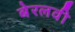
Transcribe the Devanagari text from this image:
बेरलवी